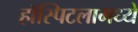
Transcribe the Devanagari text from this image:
हॉस्पिटलामध्ये